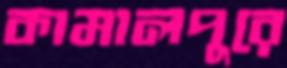
কামালপুরে